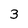
Character: 3